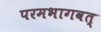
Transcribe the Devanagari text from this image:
परमभागवत्